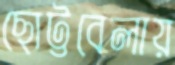
ছোট্টবেলায়